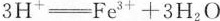
3H^{+}\xlongequal [ ] { } Fe^{3+}+3H_{2}O